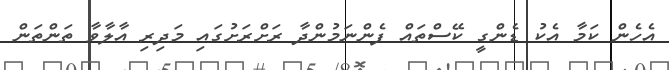
އެހެން ކަމާ އެކު ޑެންގީ ކޭސްތައް ފެންނަމުންދާ ރަށްރަށުގައި މަދިރި އާލާވާ ތަންތަން